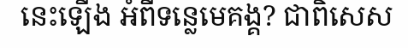
នេះឡើង អំពីទន្លេមេគង្គ? ជាពិសេស